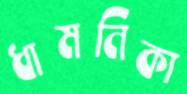
ধামনিকা